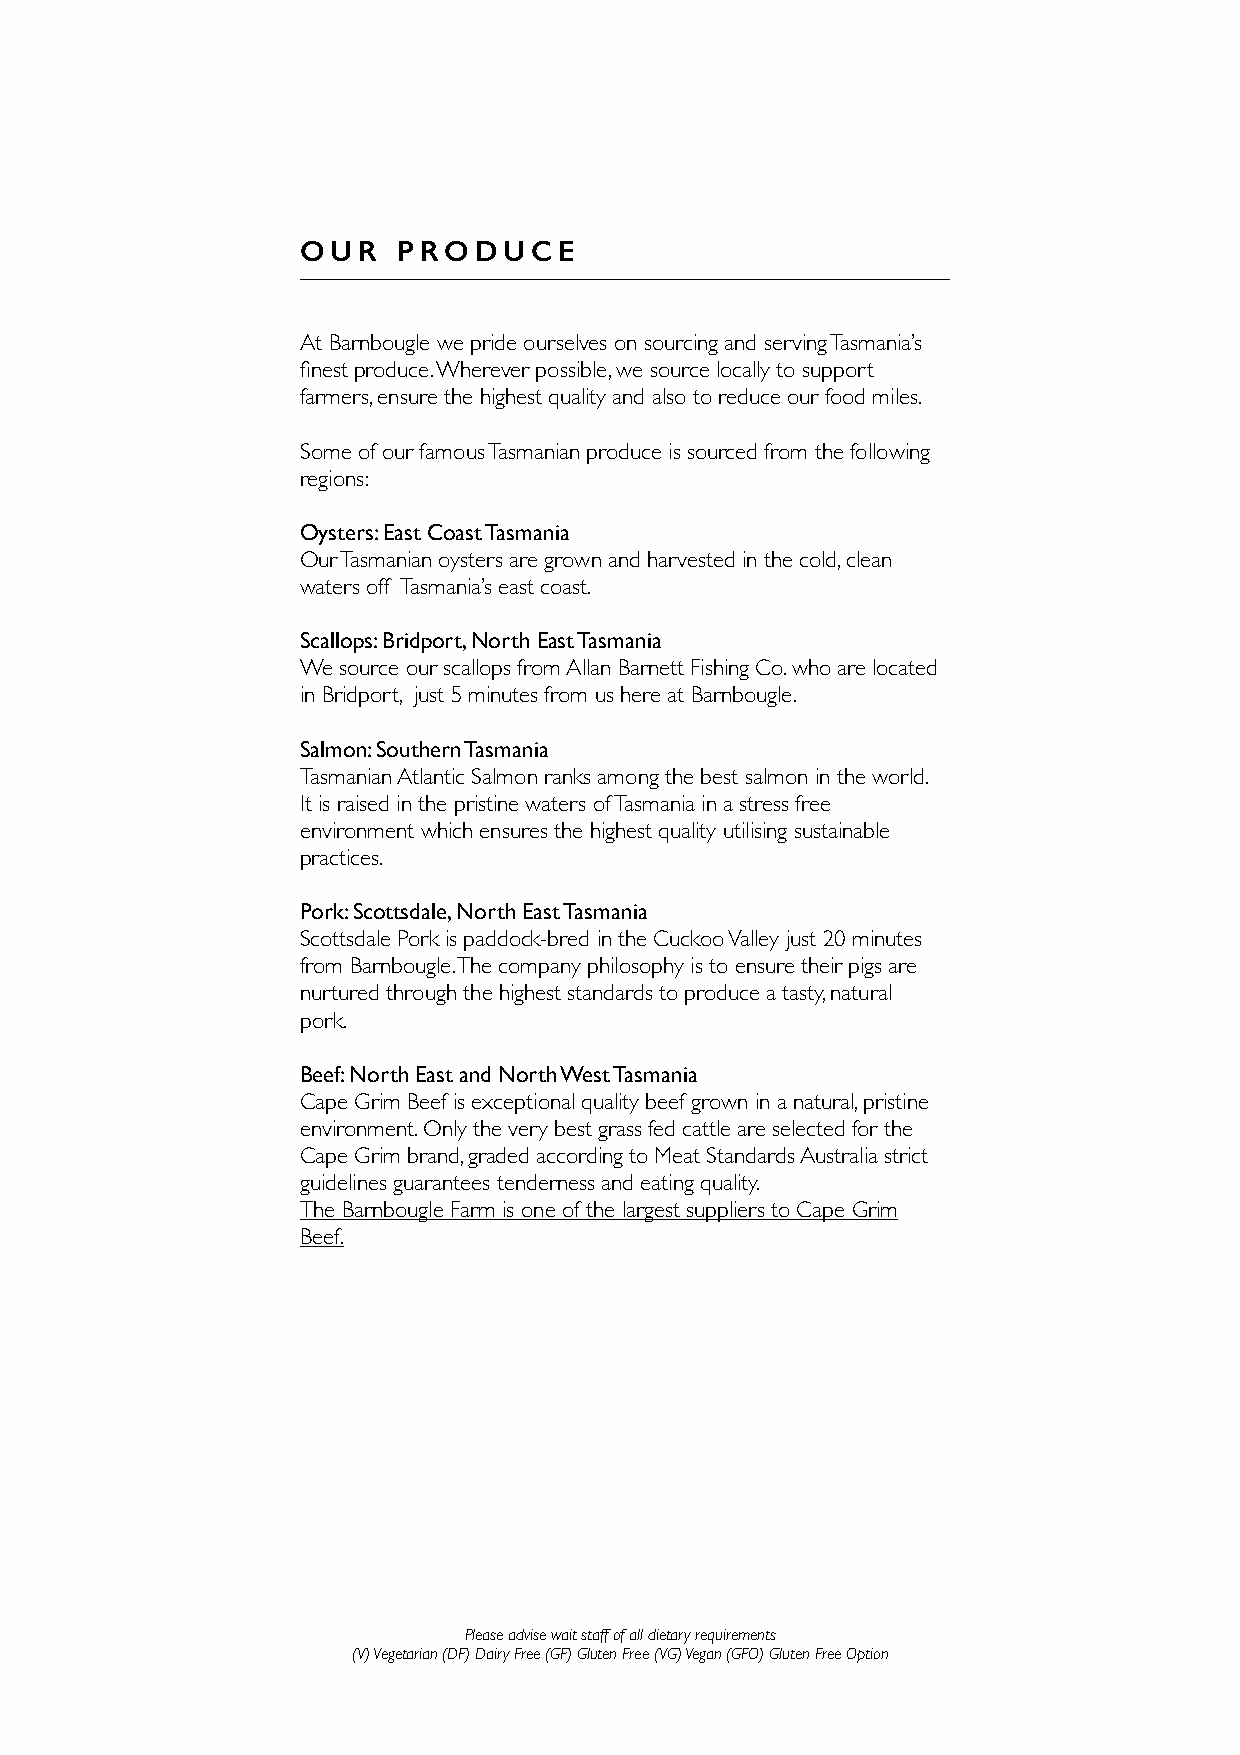
OUR   PRODUCE
 At Barnbougle we pride ourselves on sourcing and serving Tasmania’s
 finest produce. Wherever possible, we source locally to support
 farmers, ensure the highest quality and also to reduce our food miles.
 Some of our famous Tasmanian produce is sourced from the following
 regions:
 Oysters: East Coast Tasmania
 Our Tasmanian oysters are grown and harvested in the cold, clean
 waters off Tasmania’s east coast.
 Scallops: Bridport, North East Tasmania
 We source our scallops from Allan Barnett Fishing Co. who are located
 in Bridport, just 5 minutes from us here at Barnbougle.
 Salmon: Southern Tasmania
 Tasmanian Atlantic Salmon ranks among the best salmon in the world.
 It is raised in the pristine waters of Tasmania in a stress free
 environment which ensures the highest quality utilising sustainable
 practices.
 Pork: Scottsdale, North East Tasmania
 Scottsdale Pork is paddock-bred in the Cuckoo Valley just 20 minutes
 from Barnbougle. The company philosophy is to ensure their pigs are
 nurtured through the highest standards to produce a tasty, natural
 pork.
 Beef: North East and North West Tasmania
 Cape Grim Beef is exceptional quality beef grown in a natural, pristine
 environment. Only the very best grass fed cattle are selected for the
 Cape Grim brand, graded according to Meat Standards Australia strict
 guidelines guarantees tenderness and eating quality.
 The Barnbougle Farm is one of the largest suppliers to Cape Grim
 Beef.
 Please advise wait staff of all dietary requirements
 (V) Vegetarian (DF) Dairy Free (GF) Gluten Free (VG) Vegan (GFO) Gluten Free Option